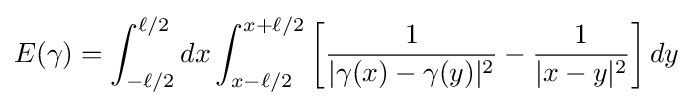
E(\gamma )=\int _{-\ell /2}^{\ell /2}{}dx\int _{x-\ell /2}^{x+\ell /2}\left[{1 \over |\gamma (x)-\gamma (y)|^{2}}-{1 \over |x-y|^{2}}\right]dy